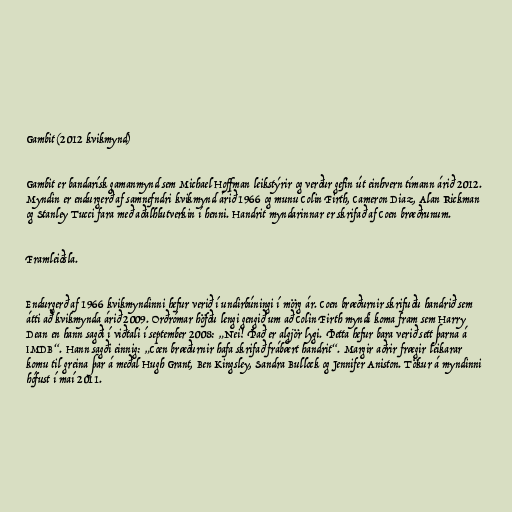
Gambit (2012 kvikmynd)

Gambit er bandarísk gamanmynd sem Michael Hoffman leikstýrir og verður gefin út einhvern tímann árið 2012.
Myndin er endurgerð af samnefndri kvikmynd árið 1966 og munu Colin Firth, Cameron Diaz, Alan Rickman
og Stanley Tucci fara með aðalhlutverkin í henni. Handrit myndarinnar er skrifað af Coen bræðrunum.

Framleiðsla.

Endurgerð af 1966 kvikmyndinni hefur verið í undirbúningi í mörg ár. Coen bræðurnir skrifuðu handrið sem
átti að kvikmynda árið 2009. Orðrómar höfðu lengi gengið um að Colin Firth myndi koma fram sem Harry
Dean en hann sagði í viðtali í september 2008: „Nei! Það er algjör lygi. Þetta hefur bara verið sett þarna á
IMDB“. Hann sagði einnig: „Coen bræðurnir hafa skrifað frábært handrit“. Margir aðrir frægir leikarar
komu til greina þar á meðal Hugh Grant, Ben Kingsley, Sandra Bullock og Jennifer Aniston. Tökur á myndinni
hófust í maí 2011.